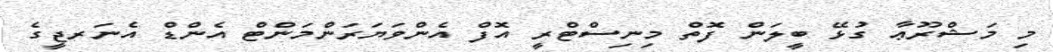
މި މަޝްރޫޢާ ގުޅޭ ބީލަން ފޮތް މިނިސްޓްރީ އޮފް އެންވަޔަރަންމަންޓް އެންޑް އެނަރޖީގެ